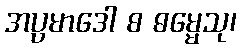
အပ္ပမာဒေါ စ ဓမ္မေသု၊